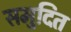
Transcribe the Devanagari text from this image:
समुदित